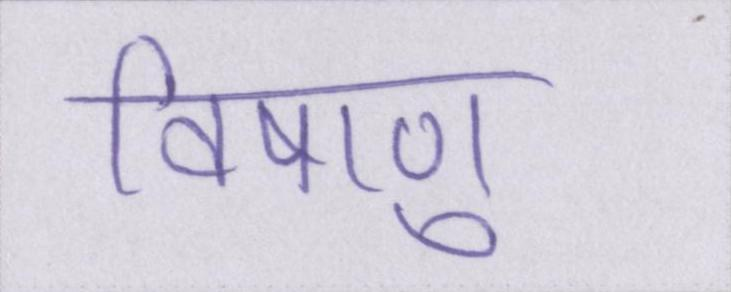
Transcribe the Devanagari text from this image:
विषाणु